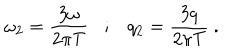
\omega _ { 2 } = \frac { 3 \omega } { 2 \pi T } ; q _ { 2 } = \frac { 3 q } { 2 \pi T } \ .